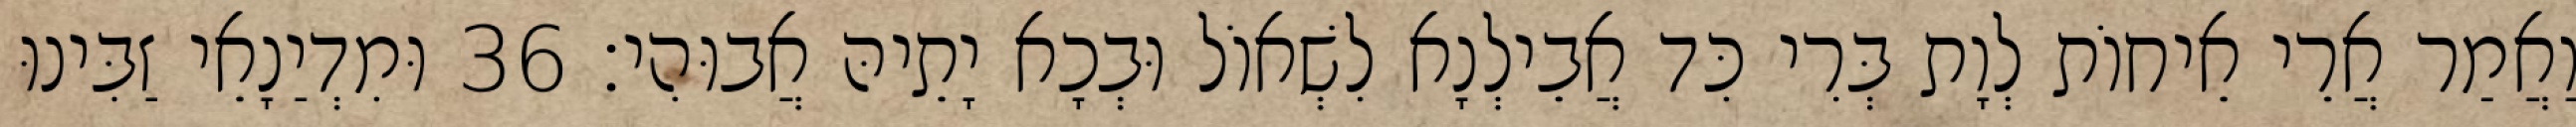
וַאֲמַר אֲרֵי אֵיחוֹת לְוָת בְּרִי כִּד אֲבֵילְנָא לִשְׁאוֹל וּבְכָא יָתֵיהּ אֲבוּהִי׃ 36 וּמִדְיַנָאֵי זַבִּינוּ